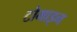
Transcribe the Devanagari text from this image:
टोमाइन